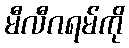
မီလီဂရမ်ကို